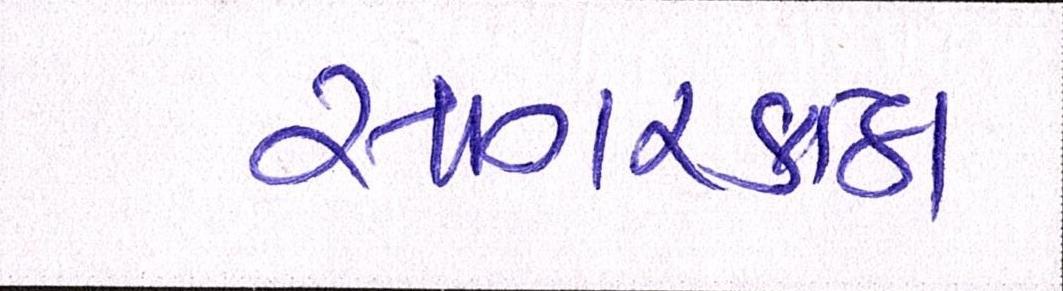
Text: સાગરકાંઠા